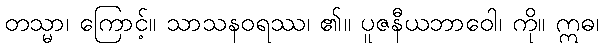
တသ္မာ၊ ကြောင့်။ သာသနဝရဿ၊ ၏။ ပူဇနီယဘာဝေါ၊ ကို။ ဣဓ၊